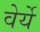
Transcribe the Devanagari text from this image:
वेर्ये